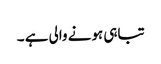
تباہی ہونے والی ہے ۔